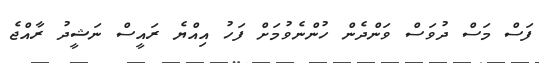
ފަސް މަސް ދުވަސް ވަންދެން ހުންނެވުމަށް ފަހު އިއްޔެ ރައީސް ނަޝީދު ރާއްޖެ